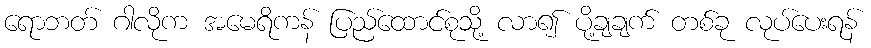
ရောဘတ် ဂါလိုက အမေရိကန် ပြည်ထောင်စုသို့ လာ၍ ပို့ချချက် တစ်ခု လုပ်ပေးရန်